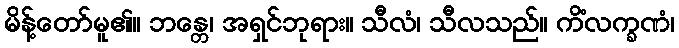
မိန့်တော်မူ၏။ ဘန္တေ၊ အရှင်ဘုရား။ သီလံ၊ သီလသည်။ ကိံလက္ခဏံ၊